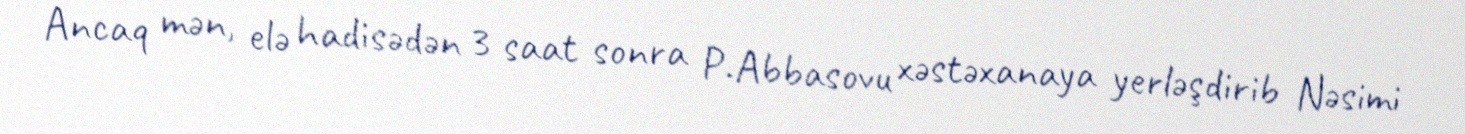
Ancaq mən, elə hadisədən 3 saat sonra P.Abbasovu xəstəxanaya yerləşdirib Nəsimi